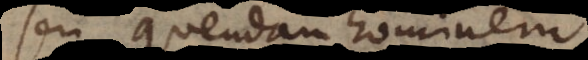
seu quendam hominem,